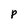
Character: p